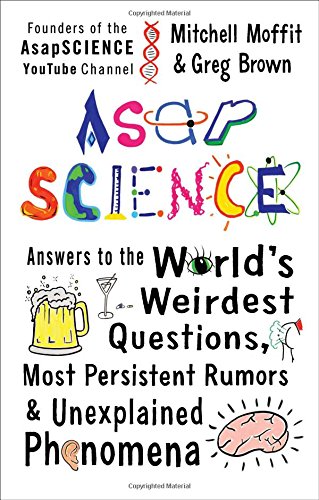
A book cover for AsapSCIENCE: Answers to the World's Weirdest Questions, Most Persistent Rumors, and Unexplained Phenomena; Mitchell Moffit; Humor & Entertainment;